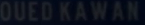
OUEDKAWAN